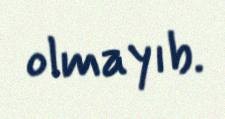
olmayıb.